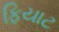
ફિયાટ